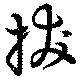
抜